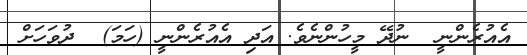
އެއުރެންނީ  ނުދޭ މީހުންނެވެ. އަދި އެއުރެންނީ (ހަމަ)  ދުވަހަށް